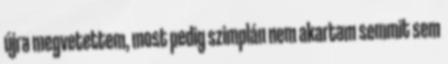
újra megvetettem, most pedig szimplán nem akartam semmit sem